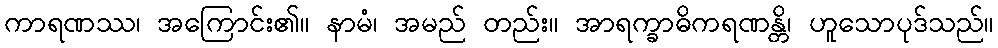
ကာရဏဿ၊ အကြောင်း၏။ နာမံ၊ အမည် တည်း။ အာရက္ခာဓိကရဏန္တိ၊ ဟူသောပုဒ်သည်။